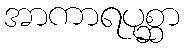
အာကာရပုစ္ဆာ